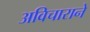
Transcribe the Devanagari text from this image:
अविचाराने